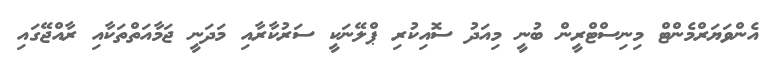
އެންވަޔަރްމެންޓް މިނިސްޓްރީން ބުނީ މިއަދު ސޮއިކުރި ޕްލޭނަކީ ސަރުކާރާއި މަދަނީ ޖަމާއަތްތަކާއި ރާއްޖޭގައި